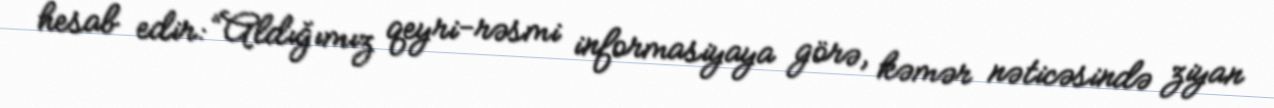
hesab edir: “Aldığımız qeyri-rəsmi informasiyaya görə, kəmər nəticəsində ziyan